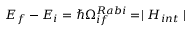
E _ { f } - E _ { i } = \hbar \Omega _ { i f } ^ { R a b i } = \mid H _ { i n t } \mid